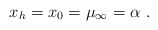
\begin{align*}x_h = x_0 = \mu_\infty = \alpha \ . \end{align*}